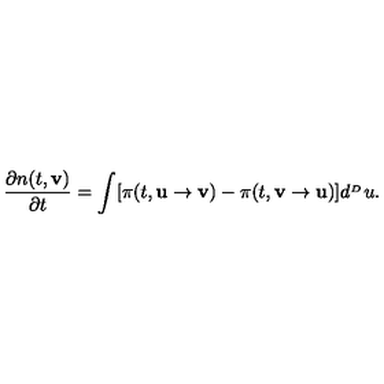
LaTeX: \frac { \partial n ( t , { \bf v } ) } { \partial t } = \int [ \pi ( t , { \bf u } \rightarrow { \bf v } ) - \pi ( t , { \bf v } \rightarrow { \bf u } ) ] d ^ { _ { ^ D } } u .